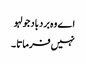
اے وہ بردباد جو لہو
نہیں فرماتا ۔